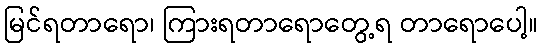
မြင်ရတာရော၊ ကြားရတာရောတွေ့ရ တာရောပေါ့။